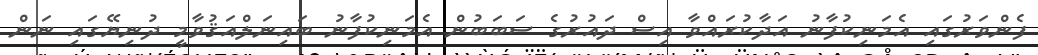
ފެންވަރުގައި އެމަނިކުފާނު އަދާކުރައްވާ އިސް ދައުރުގެ ސަބަބުން އެމަނިކުފާނު ބައިނަލްއަޤުވާމީ ދުނިޔޭގައި ނަން